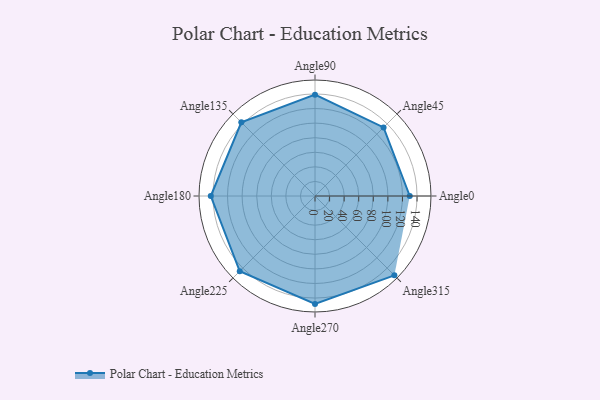
{"axis": {"x": "Angle", "y": "Radius"}, "legend": [""], "data": [{"x": "Angle0", "y": 130.0, "type": ""}, {"x": "Angle45", "y": 133.0, "type": ""}, {"x": "Angle90", "y": 139.0, "type": ""}, {"x": "Angle135", "y": 143.0, "type": ""}, {"x": "Angle180", "y": 143.0, "type": ""}, {"x": "Angle225", "y": 146.0, "type": ""}, {"x": "Angle270", "y": 148.0, "type": ""}, {"x": "Angle315", "y": 154.0, "type": ""}]}